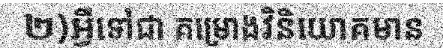
២)អ្វីទៅជា គម្រោងវិនិយោគមាន